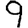
Digit: 9